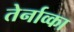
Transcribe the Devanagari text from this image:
तेर्नाव्का